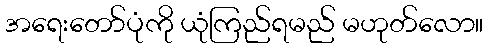
အရေးတော်ပုံကို ယုံကြည်ရမည် မဟုတ်လော။